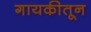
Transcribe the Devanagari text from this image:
गायकीतून